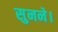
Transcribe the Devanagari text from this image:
सुनने।